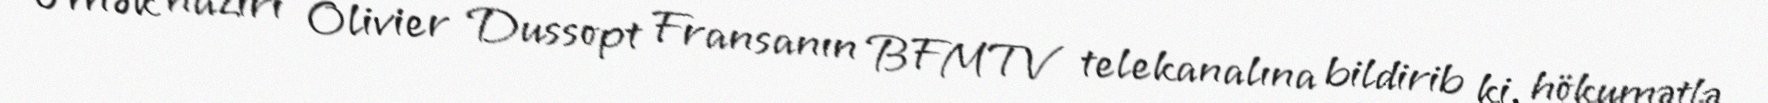
Əmək naziri Olivier Dussopt Fransanın BFMTV telekanalına bildirib ki, hökumətlə